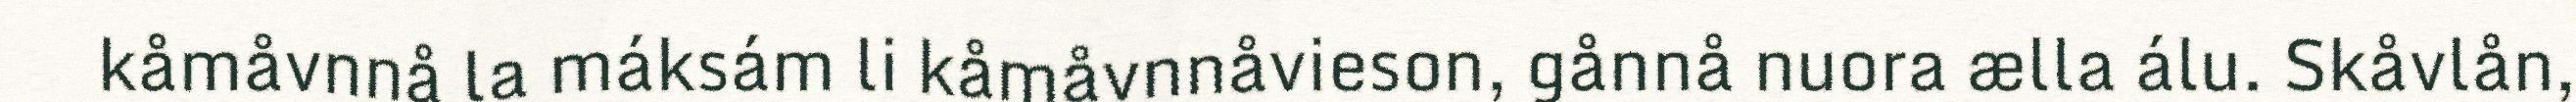
kåmåvnnå la máksám li kåmåvnnåvieson, gånnå nuora ælla álu. Skåvlån,